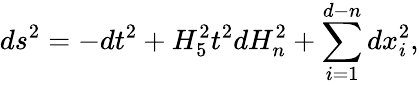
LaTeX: ds^{2}=-dt^{2}+H_{5}^{2}t^{2}dH_{n}^{2}+\sum_{i=1}^{d-n}dx_{i}^{2},